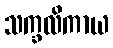
သက္ခလိကာယ